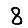
Digit: 8